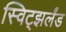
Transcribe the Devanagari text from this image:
स्विट्झर्लंड